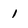
Character: 1